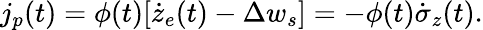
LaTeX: j_{p}(t)=\phi(t)[\dot{z}_{e}(t)-\Delta w_{s}]=-\phi(t)\dot{\sigma}_{z}(t).